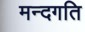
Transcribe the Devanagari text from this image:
मन्दगति